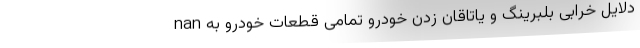
nan دلایل خرابی بلبرینگ و یاتاقان زدن خودرو تمامی قطعات خودرو به